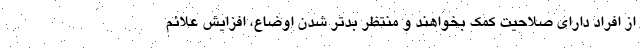
از افراد دارای صلاحیت کمک بخواهند و منتظر بدتر شدن اوضاع، افزایش علائم